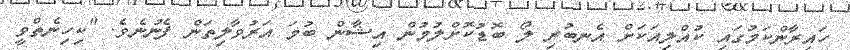
ހައިރާންކަމުގައި ކުއްލިއަކަށް އެނބުރި ލޯ ބޮޑުކޮށްލުމުން އިޝާން ބުމަ އަރުވާލިތަން ފެނުނެވެ. "ކިހިނެތްވީ